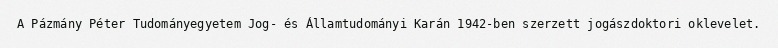
A Pázmány Péter Tudományegyetem Jog- és Államtudományi Karán 1942-ben szerzett jogászdoktori oklevelet.